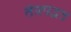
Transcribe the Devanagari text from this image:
तंत्रपद्धत